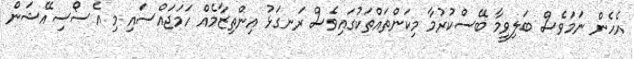
އެހެން ނަމަވެސް ބަލިވީމާ ބޭސްކުރުމާ މިކަންތައްތަކުގައިވެސް ރަނގަޅު އިންތިޒާމެއް ހަމަޖައްސައި މި އެސޯސިއޭޝަން